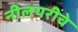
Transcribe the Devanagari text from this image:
नीलपरीचे